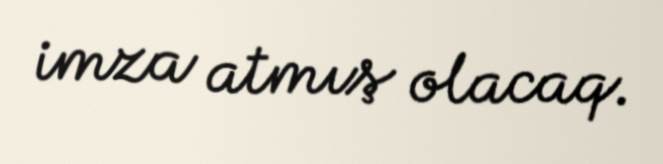
imza atmış olacaq.